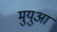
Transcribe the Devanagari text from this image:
मुयुआ